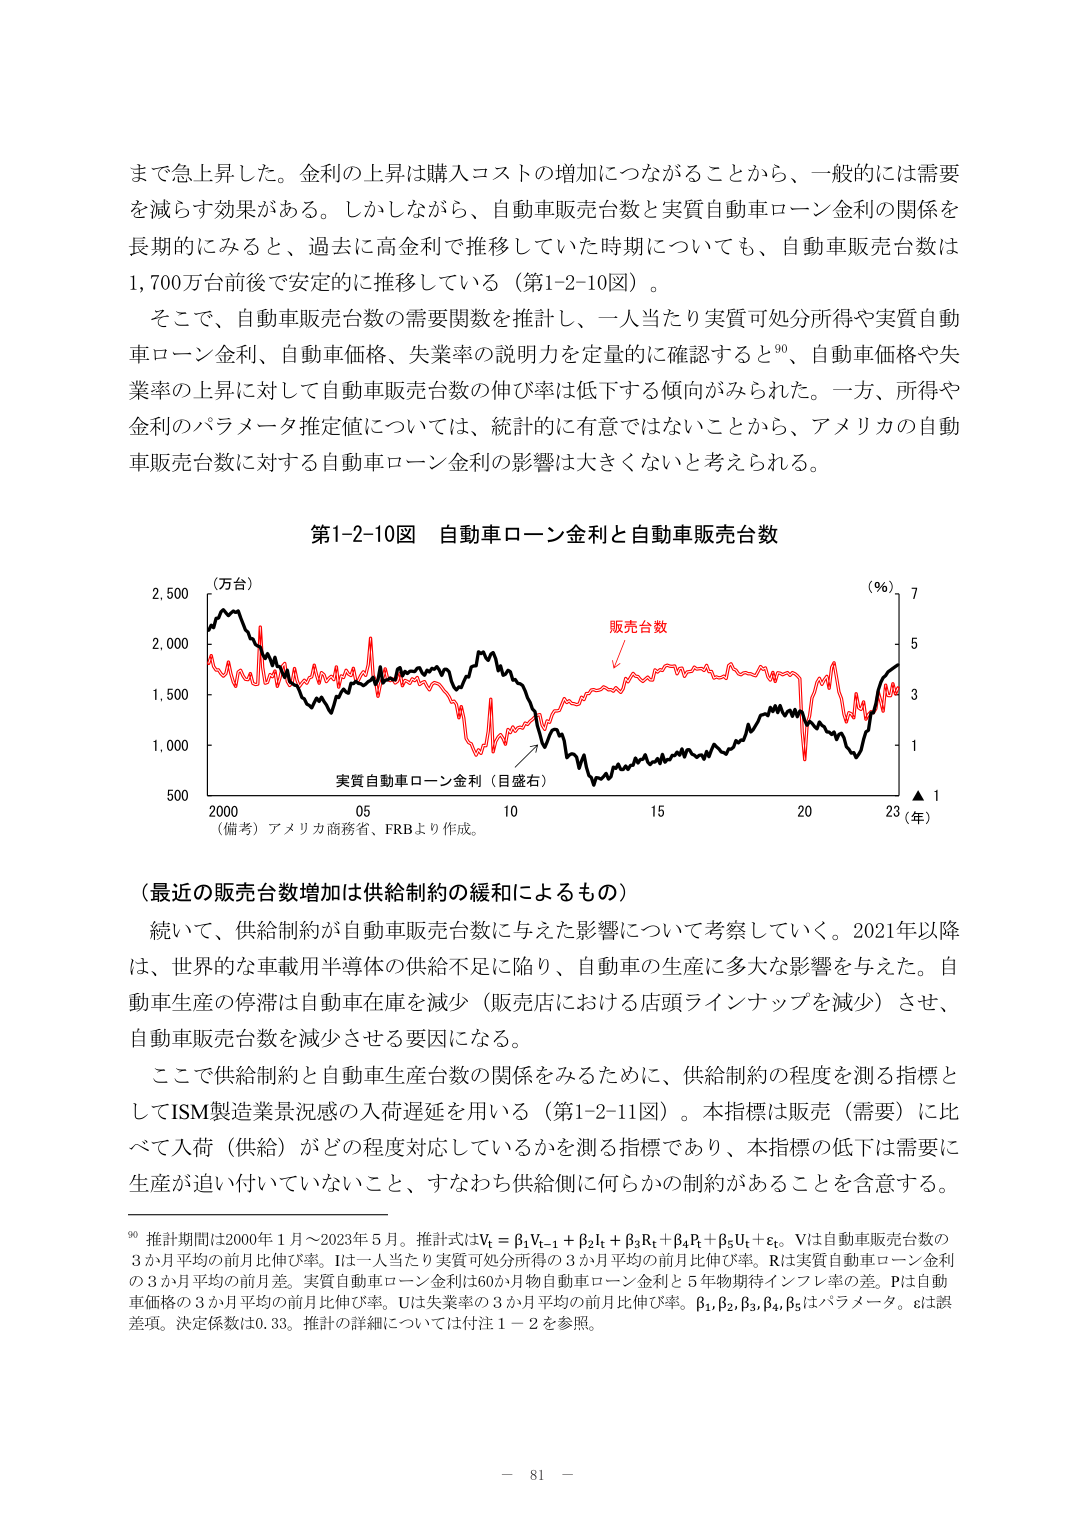
まで急上昇した。金利の上昇は購入コストの増加につながることから、一般的には需要を減らす効果がある。しかしながら、自動車販売台数と実質自動車ローン金利の関係を長期的にみると、過去に高金利で推移していた時期についても、自動車販売台数は1,700万台前後で安定的に推移している（第1-2-10図）。

そこで、自動車販売台数の需要関数を推計し、一人当たり実質可処分所得や実質自動車ローン金利、自動車価格、失業率の説明力を定量的に確認すると⁹⁰、自動車価格や失業率の上昇に対して自動車販売台数の伸び率は低下する傾向がみられた。一方、所得や金利のパラメータ推定値については、統計的に有意ではないことから、アメリカの自動車販売台数に対する自動車ローン金利の影響は大きくないと考えられる。

第1-2-10図 自動車ローン金利と自動車販売台数

（万台）
2,500
2,000
1,500
1,000
500
2000 05 10 15 20 23（年）
（備考）アメリカ商務省、FRBより作成。
（％）
7
5
3
1
▲ 1
販売台数
実質自動車ローン金利（目盛右）

（最近の販売台数増加は供給制約の緩和によるもの）

続いて、供給制約が自動車販売台数に与えた影響について考察していく。2021年以降は、世界的な車載用半導体の供給不足に陥り、自動車の生産に多大な影響を与えた。自動車生産の停滞は自動車在庫を減少（販売店における店頭ラインナップを減少）させ、自動車販売台数を減少させる要因になる。

ここで供給制約と自動車生産台数の関係をみるために、供給制約の程度を測る指標としてISM製造業景況感の入荷遅延を用いる（第1-2-11図）。本指標は販売（需要）に比べて入荷（供給）がどの程度対応しているかを測る指標であり、本指標の低下は需要に生産が追い付いていないこと、すなわち供給側に何らかの制約があることを含意する。

⁹⁰ 推計期間は2000年1月～2023年5月。推計式はVₜ = β₁Vₜ₋₁ + β₂Iₜ + β₃Rₜ + β₄Pₜ + β₅Uₜ + εₜ。Vは自動車販売台数の3か月平均の前月比伸び率。Iは一人当たり実質可処分所得の3か月平均の前月比伸び率。Rは実質自動車ローン金利の3か月平均の前月差。実質自動車ローン金利は60か月物自動車ローン金利と5年物期待インフレ率の差。Pは自動車価格の3か月平均の前月比伸び率。Uは失業率の3か月平均の前月比伸び率。β₁, β₂, β₃, β₄, β₅はパラメータ。εは誤差項。決定係数は0.33。推計の詳細については付注1－2を参照。

－ 81 －